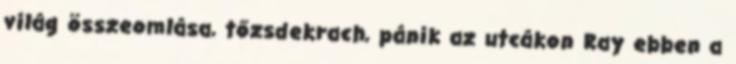
világ összeomlása, tőzsdekrach, pánik az utcákon Ray ebben a